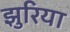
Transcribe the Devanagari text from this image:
झुरिया